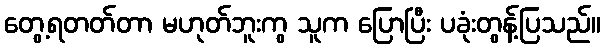
တွေ့ရတတ်တာ မဟုတ်ဘူးကွ သူက ပြောပြီး ပခုံးတွန့်ပြသည်။